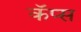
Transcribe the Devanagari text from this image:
कॅप्स